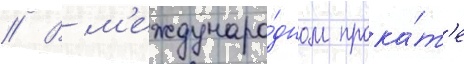
// В м'еждунаро́дном прока́т'е